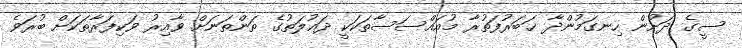
ސީގެ ދަށުން ހިނގަމުންދާ ޚަބަރުފަތުރާ މުއައްސަސާތަކަކީ ދައުލަތުގެ ތަންތަނަށް ވާއިރު ވަކިފަރާތަކަށް ބުރަވެ